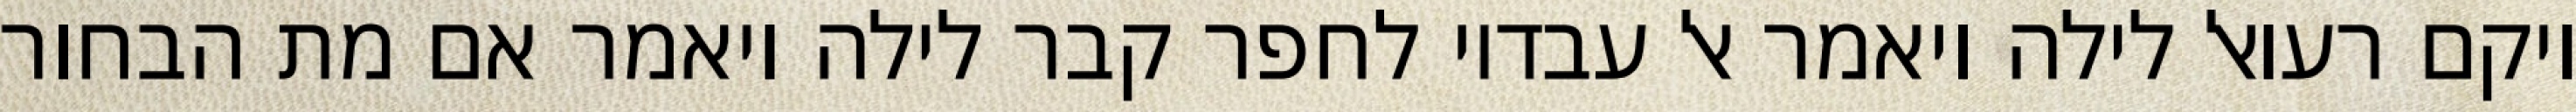
ויקם רעואל לילה ויאמר אל עבדיו לחפר קבר לילה ויאמר אם מת הבחור